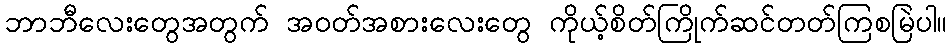
ဘာဘီလေးတွေအတွက် အဝတ်အစားလေးတွေ ကိုယ့်စိတ်ကြိုက်ဆင်တတ်ကြစမြဲပါ။